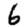
Digit: 6